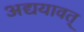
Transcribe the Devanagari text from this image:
अद्ययावत्